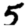
Digit: 5